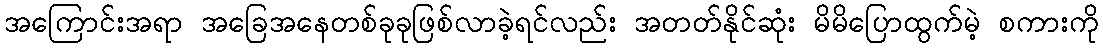
အကြောင်းအရာ အခြေအနေတစ်ခုခုဖြစ်လာခဲ့ရင်လည်း အတတ်နိုင်ဆုံး မိမိပြောထွက်မဲ့ စကားကို